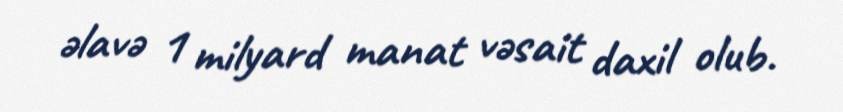
əlavə 1 milyard manat vəsait daxil olub.